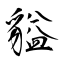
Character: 貖